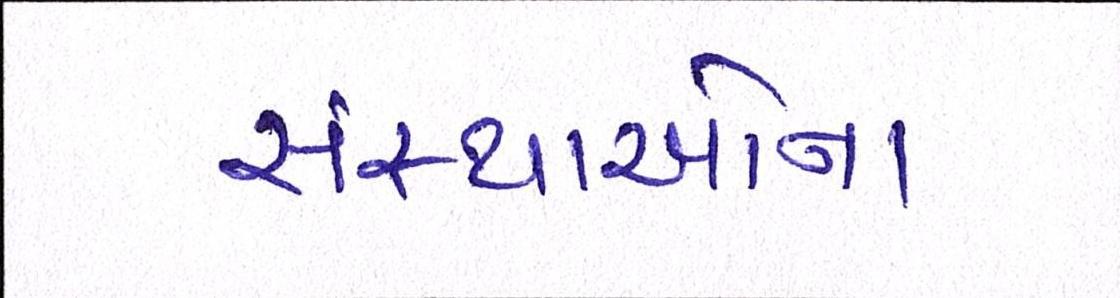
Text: સંસ્થાઓના